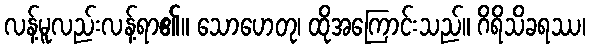
လန့်မူလည်းလန့်ရာ၏။ သောဟေတု၊ ထိုအကြောင်းသည်။ ဂိရိသိခရဿ၊